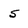
Character: 5